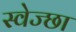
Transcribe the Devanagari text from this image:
स्वेज्छा